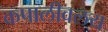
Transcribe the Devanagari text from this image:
कपालीवलय